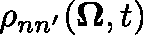
\rho _ { n n ^ { \prime } } ( \mathbf { \Omega } , t )